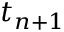
t _ { n + 1 }